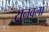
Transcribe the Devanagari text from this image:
सुनवला